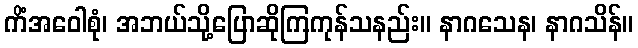
ကိံအဝေါစုံ၊ အဘယ်သို့ပြောဆိုကြကုန်သနည်း။ နာဂသေန၊ နာဂသိန်။